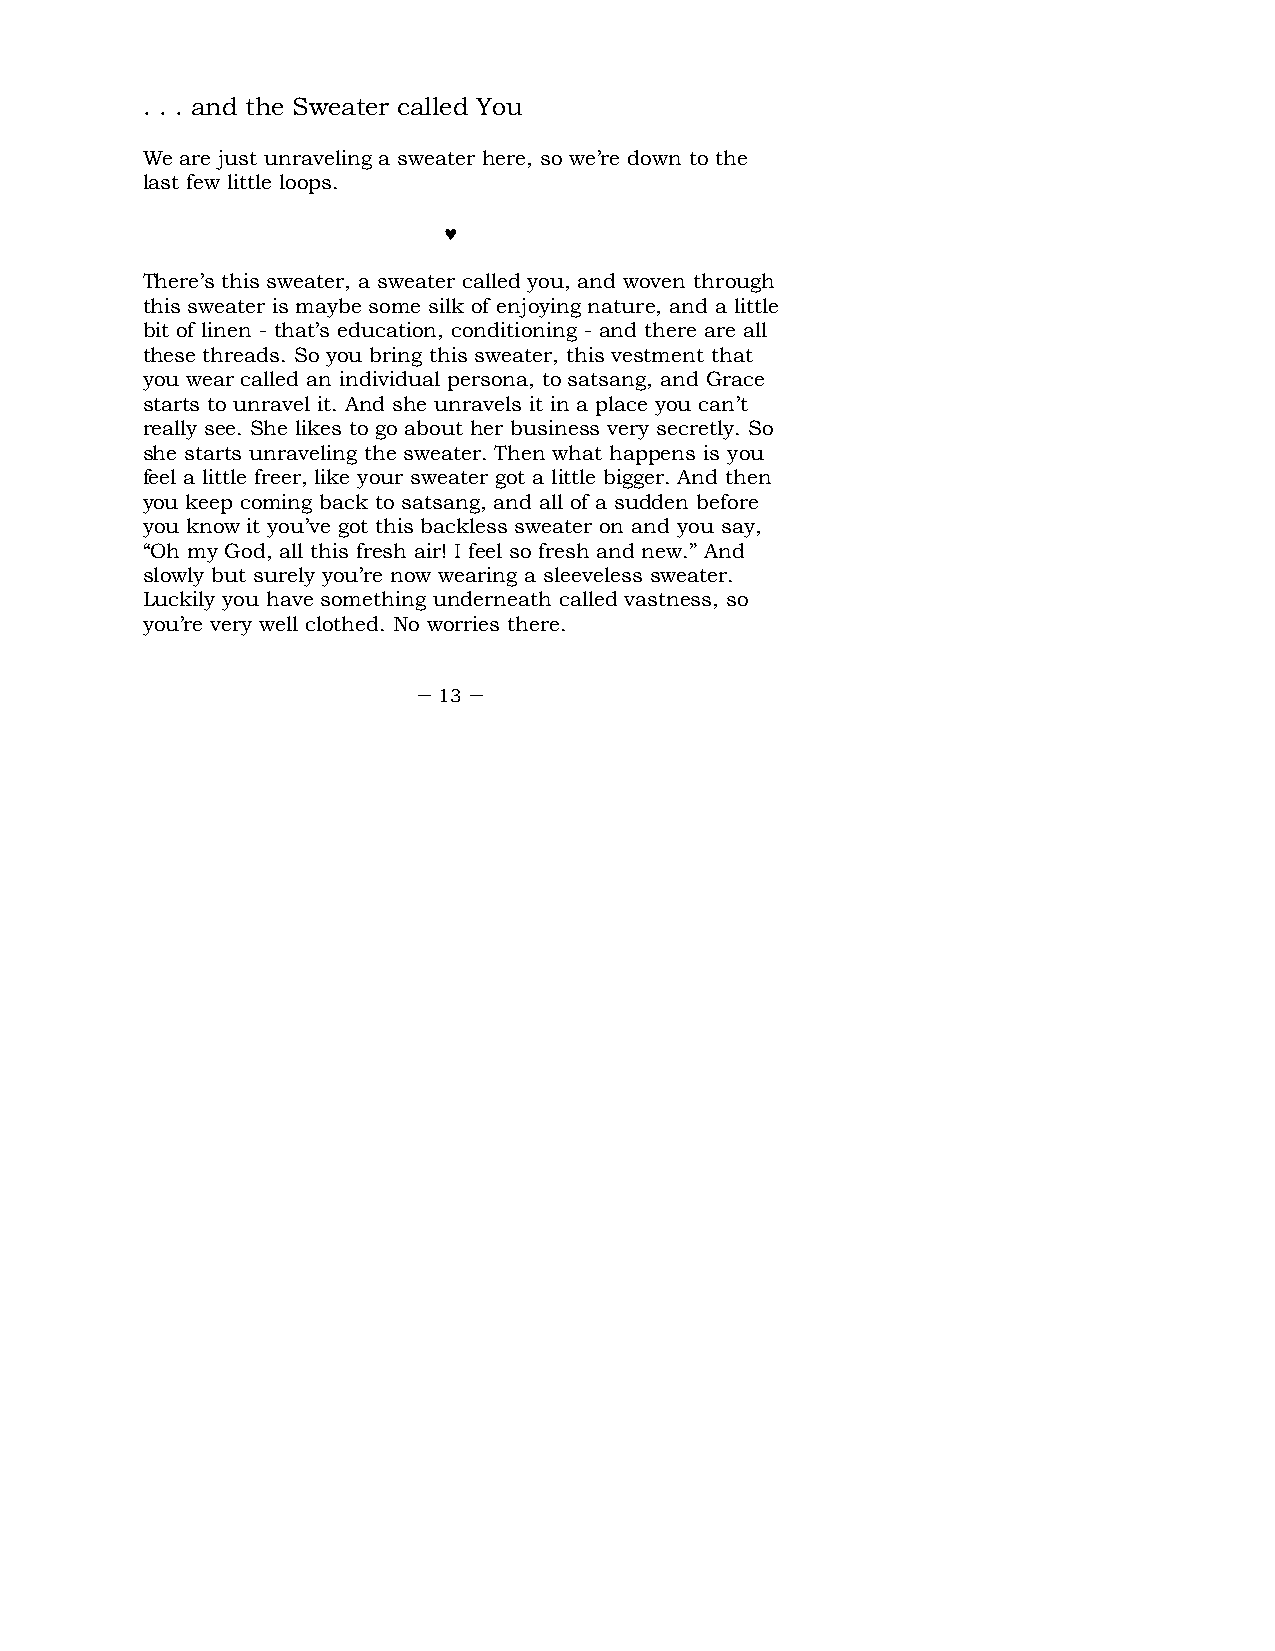
. . . and the Sweater called You
 We are just unraveling a sweater here, so we’re down to the
 last few little loops.
 ♥
 There’s this sweater, a sweater called you, and woven through
 this sweater is maybe some silk of enjoying nature, and a little
 bit of linen - that’s education, conditioning - and there are all
 these threads. So you bring this sweater, this vestment that
 you wear called an individual persona, to satsang, and Grace
 starts to unravel it. And she unravels it in a place you can’t
 really see. She likes to go about her business very secretly. So
 she starts unraveling the sweater. Then what happens is you
 feel a little freer, like your sweater got a little bigger. And then
 you keep coming back to satsang, and all of a sudden before
 you know it you’ve got this backless sweater on and you say,
 “Oh my God, all this fresh air! I feel so fresh and new.” And
 slowly but surely you’re now wearing a sleeveless sweater.
 Luckily you have something underneath called vastness, so
 you’re very well clothed. No worries there.
 – 13 –